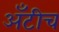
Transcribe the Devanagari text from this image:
अँटीच